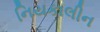
નિયકાલીન